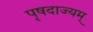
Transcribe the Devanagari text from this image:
पृषदाज्यम्